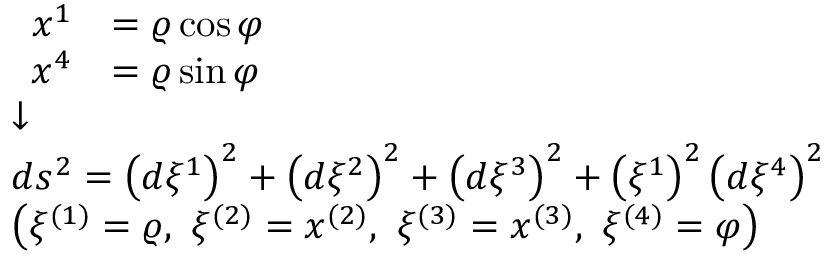
\scriptstyle { \begin{array} { l } { { \begin{array} { r l } { x ^ { 1 } } & { = \varrho \cos \varphi } \\ { x ^ { 4 } } & { = \varrho \sin \varphi } \end{array} } } \\ { { \boldsymbol { \downarrow } } } \\ { d s ^ { 2 } = \left( d \xi ^ { 1 } \right) ^ { 2 } + \left( d \xi ^ { 2 } \right) ^ { 2 } + \left( d \xi ^ { 3 } \right) ^ { 2 } + \left( \xi ^ { 1 } \right) ^ { 2 } \left( d \xi ^ { 4 } \right) ^ { 2 } } \\ { \left( \xi ^ { ( 1 ) } = \varrho , \ \xi ^ { ( 2 ) } = x ^ { ( 2 ) } , \ \xi ^ { ( 3 ) } = x ^ { ( 3 ) } , \ \xi ^ { ( 4 ) } = \varphi \right) } \end{array} }